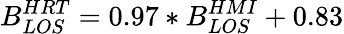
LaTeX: B_{LOS}^{HRT}=0.97\ast B_{LOS}^{HMI}+0.83